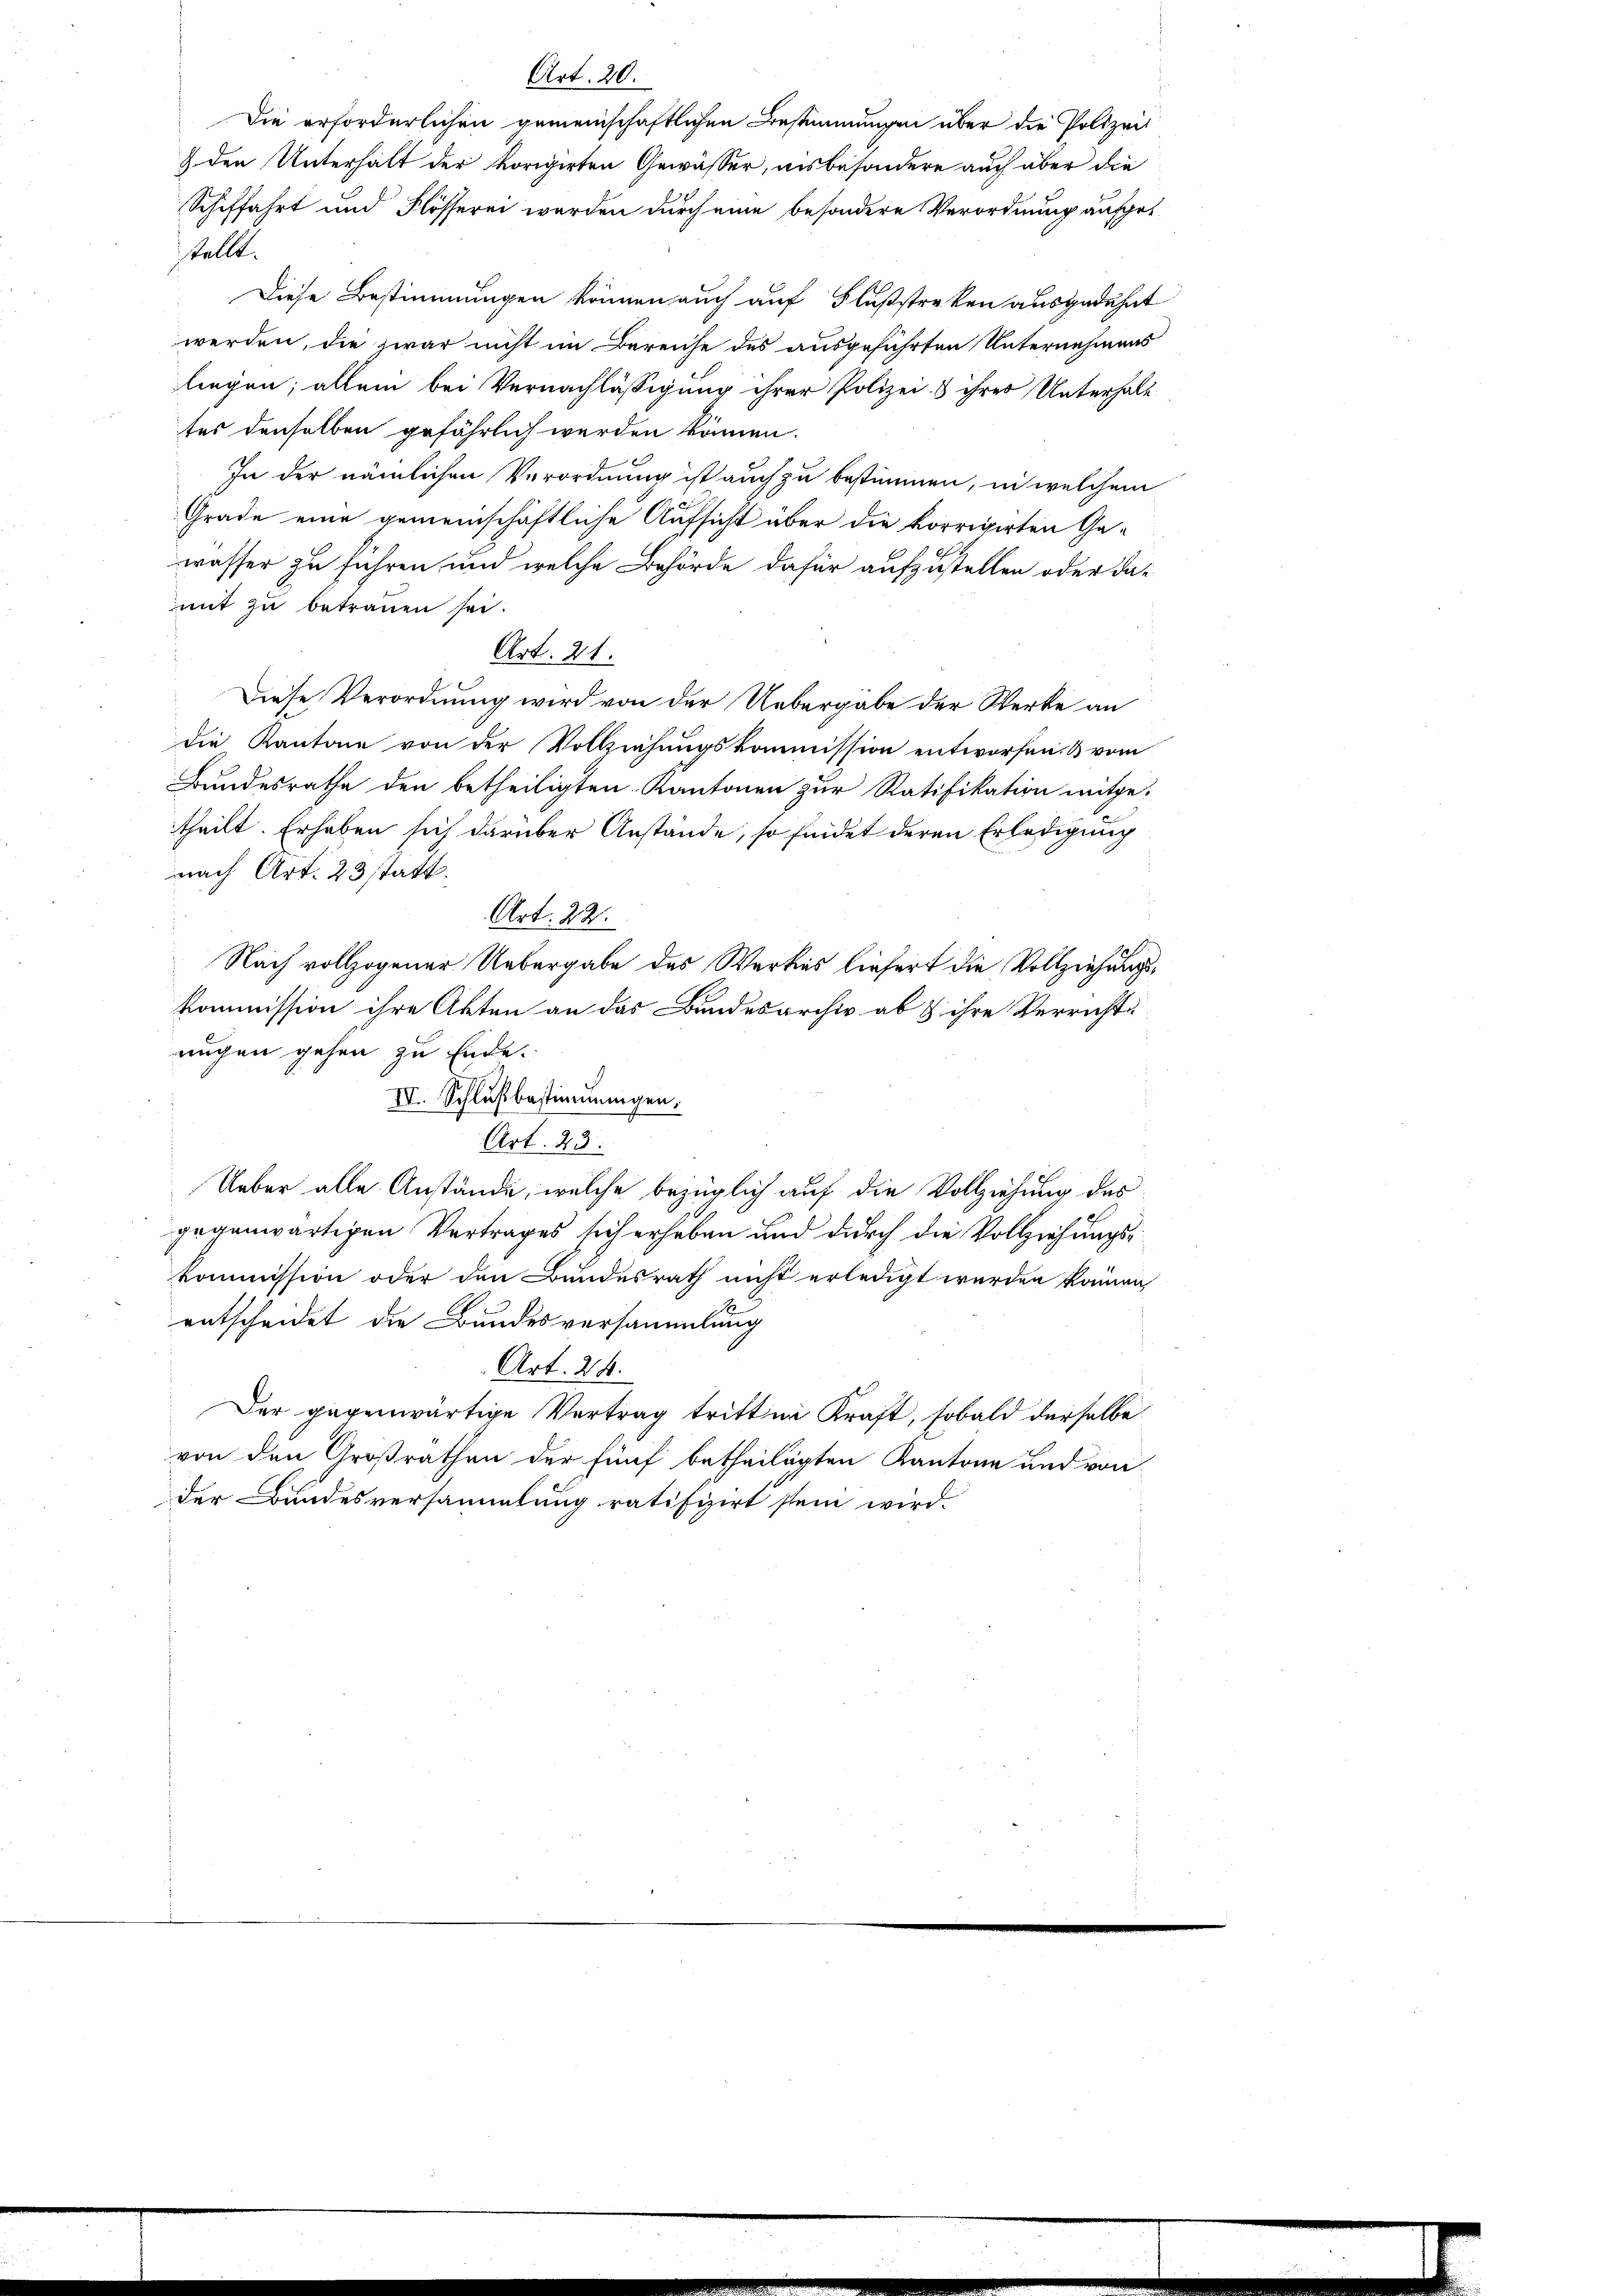
Art. 2

Die erforderlichen gemeinschaftlichen Bestimmungen über die Polizei
2 den Unterhalt der vorigirten Gewässer, ausbesondere auch aber die
Schiffahrt und Flösserei werden durch eine besondere Verordnung aufget
stellt.
Diese Bestimmungen können auch auf Flußstreken ausgedehnt
werden, die zwar nicht im Bereiche des ausgeführten Unternehmens
liegen; allein bei Vernachlässigung ihrer Polizei & ihres Unterhalt
tes denselben gefährlich werden können.
In der nämlichen Verordnung ist auch zu bestimmen, in welchem
Grade eine gemeinschaftliche Aufsicht über die korrigirten Gewasser zu führen und welche Behörde dafür aufzustellen oder damit zu betrauen sei.
Art. 21.
Diese Verordnung wird von der Uebergabe der Werke an
die Kantone von der Vollziehungskommission entworfen & vom
Bundesrathe den betheiligten Kantonen zur Ratifikation mitge-
theilt. Erhaben sich darüber Anstände, so findet deren Erledigung
nach Art. 23 statt.
Art. 22.
Nach vollzogener Uebergabe des Werkes liefert die Vollziehungskommission ihre Akten an das Bundesarchiv ab & ihre Verricht
ruchen gehen zu Ende.
IV. Schlußbestimmungen.
Art. 23.
Ueber alle Anstände, welche bezüglich auf die Vollziehung des
gegenwärtigen Vertrages sich erheben und durch die Vollziehungskommission oder den Bundesrath nicht erledigt werden können,
entscheidet die Bundesversammlung
Art. 24.
Der gegenwärtige Vertrag tritten Kraft, sobald derselbe
von den Großrathen der fünf betheiligten Kantone und von
der Bundesversammlung ratifizirt sein wird.